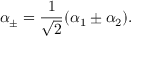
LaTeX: \alpha _ { \pm } = { \frac { 1 } { \sqrt 2 } } ( \alpha _ { 1 } \pm \alpha _ { 2 } ) .